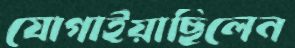
যোগাইয়াছিলেন